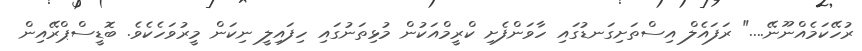
ރުހޭކަމެއްނޫނޭ...." ރަފައެލް އިސްތަށިގަނޑުގައި ހާވަންފެށި ކްރީމްއަކުން މުޅިތަނުގައި ހިފައިލީ ނިކަން މީރުވަހެކެވެ. ބޮޑީސްޕްރޭއިން